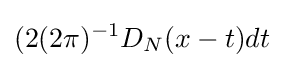
(2(2\pi )^{-1}D_{N}(x-t)dt